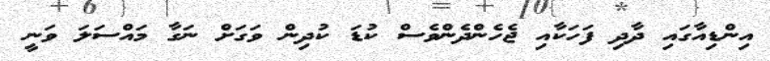
އިންޑިއާގައި ދާދި ފަހަކާއި ޖެހެންދެންވެސް ކުޑަ ކުދިން ވަގަށް ނަގާ މައްސަލަ ވަނީ